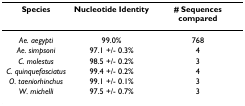
<table><thead><tr><td><b>Species</b></td><td><b>Nucleotide Identity</b></td><td><b># Sequences compared</b></td></tr></thead><tbody><tr><td><i>Ae. aegypti</i></td><td>99.0%</td><td>768</td></tr><tr><td><i>Ae. simpsoni</i></td><td>97.1 +/- 0.3%</td><td>4</td></tr><tr><td><i>C. molestus</i></td><td>98.5 +/- 0.2%</td><td>3</td></tr><tr><td><i>C. quinquefasciatus</i></td><td>99.4 +/- 0.2%</td><td>4</td></tr><tr><td><i>O. taeniorhinchus</i></td><td>99.1 +/- 0.1%</td><td>3</td></tr><tr><td><i>W. michelli</i></td><td>97.5 +/- 0.7%</td><td>3</td></tr></tbody></table>